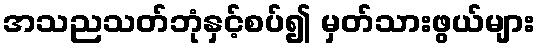
အသညသတ်ဘုံနှင့်စပ်၍ မှတ်သားဖွယ်များ